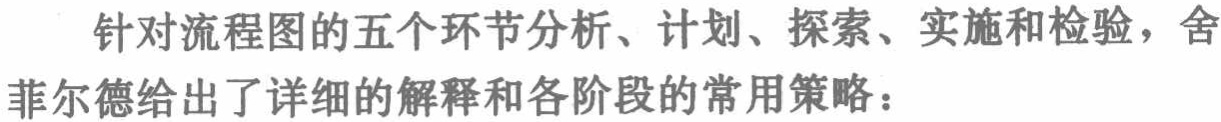
针对流程图的五个环节分析、计划、探索、实施和检验，舍

菲尔德给出了详细的解释和各阶段的常用策略：